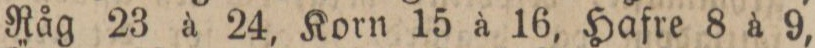
Råg 23 à 24, Korn 15 à 16, Hafre 8 à 9,